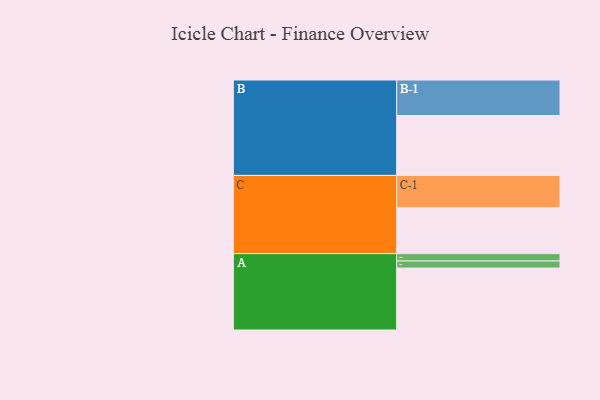
{"axis": {"x": "Segment", "y": "Value"}, "legend": ["", "A", "B", "C"], "data": [{"x": "A", "y": 511, "type": ""}, {"x": "B", "y": 494, "type": ""}, {"x": "C", "y": 379, "type": ""}, {"x": "A-1", "y": 58, "type": "A"}, {"x": "A-2", "y": 61, "type": "A"}, {"x": "B-1", "y": 293, "type": "B"}, {"x": "C-1", "y": 266, "type": "C"}]}